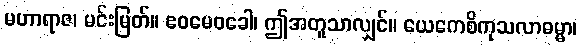
မဟာရာဇ၊ မင်းမြတ်။ ဧဝမေဝခေါ၊ ဤအတူသာလျှင်။ ယေကေစိကုသလာဓမ္မာ၊